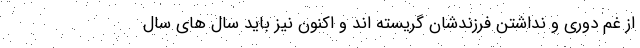
از غم دوری و نداشتن فرزندشان گریسته اند و اکنون نیز باید سال های سال